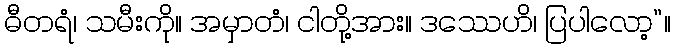
ဓီတရံ၊ သမီးကို။ အမှာတံ၊ ငါတို့အား။ ဒဿေဟိ၊ ပြပါလော့”။